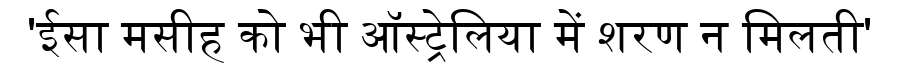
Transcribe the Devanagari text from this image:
'ईसा मसीह को भी ऑस्ट्रेलिया में शरण न मिलती'